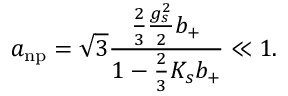
a _ { \mathrm { n p } } = \sqrt { 3 } \frac { \frac { 2 } { 3 } \frac { g _ { s } ^ { 2 } } { 2 } b _ { + } } { 1 - \frac { 2 } { 3 } K _ { s } b _ { + } } \ll 1 .